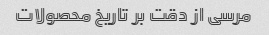
مرسی از دقت بر تاریخ محصولات